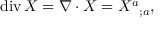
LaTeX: \operatorname { d i v } X = \nabla \cdot X = { X ^ { a } } _ { ; a } ,